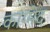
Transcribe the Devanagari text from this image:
कांग्मेद